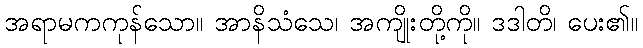
အရာမကကုန်သော။ အာနိသံသေ၊ အကျိုးတို့ကို။ ဒဒါတိ၊ ပေး၏။